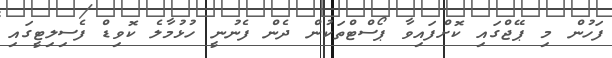
ފަހުން މި ޕޭޖްގައި ކޮށްފައިވާ ޕޯސްޓްތަކުން ދެން ފެނުނީ ހުޅުމާލެ ކޮވިޑް ފެސިލިޓީގައި